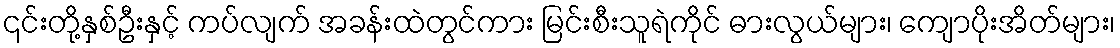
၎င်းတို့နှစ်ဦးနှင့် ကပ်လျက် အခန်းထဲတွင်ကား မြင်းစီးသူရဲကိုင် ဓားလွယ်များ၊ ကျောပိုးအိတ်များ၊